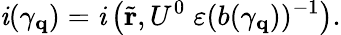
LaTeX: \mathit{i}(\gamma_{\mathbf{q}})=\mathit{i}\left(\tilde{{\mathbf{r}}},U^{0}\; \varepsilon(b(\gamma_{\mathbf{q}}))^{-1}\right).